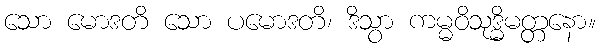
သော မောဒတိ သော ပမောဒတိ၊ ဒိသွာ ကမ္မဝိသုဒ္ဓိမတ္တနော။